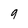
Character: 9